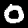
Digit: 0